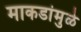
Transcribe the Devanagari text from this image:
माकडांमुळे